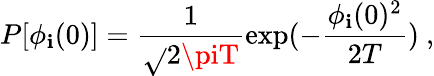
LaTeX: P[\phi_{\mathbf{i}}(0)]=\frac{{1}}{{\sqrt{}{{2\piT}}}}\exp(-\frac{{\phi_{\mathbf{i}}(0)^{2}}}{{2T}})~,